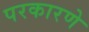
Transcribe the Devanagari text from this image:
परकारणे